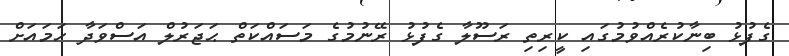
ގެފުޅު ބިނާކުރެއްވުމުގައި ކީރިތި ރަސޫލާ ގެފުޅު ރޭނުމުގެ މަސައްކަތް ޙަޖަރުލް އަސްވަދާ ހަމައަށް